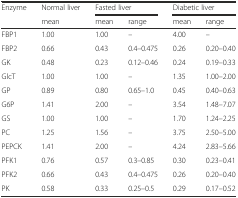
| Enzyme | Normal liver | <COLSPAN=2> Fasted liver | <COLSPAN=2> Diabetic liver |
 |  | mean | mean | range | mean | range |
 | --- | --- | --- | --- | --- | --- |
 | FBP1 | 1.00 | 1.00 | – | 4.00 | – |
 | FBP2 | 0.66 | 0.43 | 0.4–0.475 | 0.26 | 0.20–0.40 |
 | GK | 0.48 | 0.23 | 0.12–0.46 | 0.24 | 0.19–0.33 |
 | GlcT | 1.00 | 1.00 | – | 1.35 | 1.00–2.00 |
 | GP | 0.89 | 0.80 | 0.65–1.0 | 0.45 | 0.40–0.63 |
 | G6P | 1.41 | 2.00 | – | 3.54 | 1.48–7.07 |
 | GS | 1.00 | 1.00 | – | 1.70 | 1.24–2.25 |
 | PC | 1.25 | 1.56 | – | 3.75 | 2.50–5.00 |
 | PEPCK | 1.41 | 2.00 | – | 4.24 | 2.83–5.66 |
 | PFK1 | 0.76 | 0.57 | 0.3–0.85 | 0.30 | 0.23–0.41 |
 | PFK2 | 0.66 | 0.43 | 0.4–0.475 | 0.26 | 0.20–0.40 |
 | PK | 0.58 | 0.33 | 0.25–0.5 | 0.29 | 0.17–0.52 |